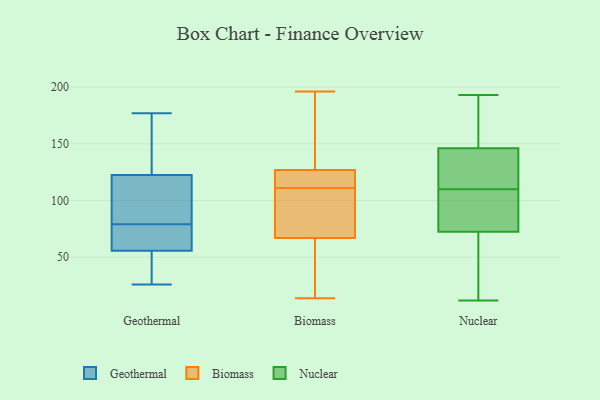
{"axis": {"x": "Demand Index", "y": "Value"}, "legend": ["Biomass", "Geothermal", "Nuclear"], "data": [{"x": "", "y": 58, "type": "Geothermal"}, {"x": "", "y": 127, "type": "Geothermal"}, {"x": "", "y": 55, "type": "Geothermal"}, {"x": "", "y": 79, "type": "Geothermal"}, {"x": "", "y": 133, "type": "Geothermal"}, {"x": "", "y": 109, "type": "Geothermal"}, {"x": "", "y": 139, "type": "Geothermal"}, {"x": "", "y": 66, "type": "Geothermal"}, {"x": "", "y": 177, "type": "Geothermal"}, {"x": "", "y": 71, "type": "Geothermal"}, {"x": "", "y": 40, "type": "Geothermal"}, {"x": "", "y": 88, "type": "Geothermal"}, {"x": "", "y": 82, "type": "Geothermal"}, {"x": "", "y": 26, "type": "Geothermal"}, {"x": "", "y": 32, "type": "Geothermal"}, {"x": "", "y": 106, "type": "Biomass"}, {"x": "", "y": 52, "type": "Biomass"}, {"x": "", "y": 171, "type": "Biomass"}, {"x": "", "y": 71, "type": "Biomass"}, {"x": "", "y": 196, "type": "Biomass"}, {"x": "", "y": 79, "type": "Biomass"}, {"x": "", "y": 53, "type": "Biomass"}, {"x": "", "y": 116, "type": "Biomass"}, {"x": "", "y": 67, "type": "Biomass"}, {"x": "", "y": 127, "type": "Biomass"}, {"x": "", "y": 14, "type": "Biomass"}, {"x": "", "y": 122, "type": "Biomass"}, {"x": "", "y": 159, "type": "Biomass"}, {"x": "", "y": 121, "type": "Biomass"}, {"x": "", "y": 60, "type": "Nuclear"}, {"x": "", "y": 125, "type": "Nuclear"}, {"x": "", "y": 36, "type": "Nuclear"}, {"x": "", "y": 108, "type": "Nuclear"}, {"x": "", "y": 191, "type": "Nuclear"}, {"x": "", "y": 128, "type": "Nuclear"}, {"x": "", "y": 161, "type": "Nuclear"}, {"x": "", "y": 85, "type": "Nuclear"}, {"x": "", "y": 97, "type": "Nuclear"}, {"x": "", "y": 193, "type": "Nuclear"}, {"x": "", "y": 127, "type": "Nuclear"}, {"x": "", "y": 100, "type": "Nuclear"}, {"x": "", "y": 14, "type": "Nuclear"}, {"x": "", "y": 112, "type": "Nuclear"}, {"x": "", "y": 193, "type": "Nuclear"}, {"x": "", "y": 107, "type": "Nuclear"}, {"x": "", "y": 32, "type": "Nuclear"}, {"x": "", "y": 170, "type": "Nuclear"}, {"x": "", "y": 131, "type": "Nuclear"}, {"x": "", "y": 12, "type": "Nuclear"}]}